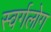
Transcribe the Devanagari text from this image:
स्वर्गलोग